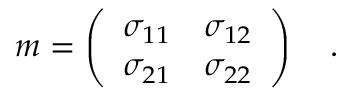
m = \left( \begin{array} { l l } { { \sigma _ { 1 1 } } } & { { \sigma _ { 1 2 } } } \\ { { \sigma _ { 2 1 } } } & { { \sigma _ { 2 2 } } } \end{array} \right) ~ ~ ~ .